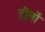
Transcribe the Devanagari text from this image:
डीलों